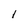
Character: l